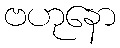
ဗဟုနော